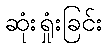
ဆုံးရှုံးခြင်း